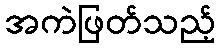
အကဲဖြတ်သည့်